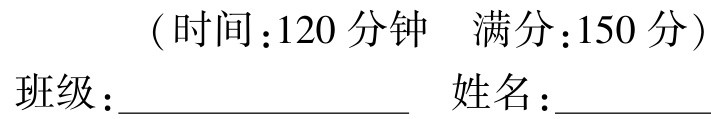
（时间：120 分钟  满分：150 分）
班级：______________  姓名：______________